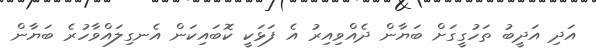
އަދި އަދީބު ތަހުގީގަށް ބަޔާން ދެއްވިއިރު އެ ފަޅަކީ ކޮބައިކަން އެނގިލައްވާހުރެ ބަޔާން